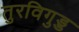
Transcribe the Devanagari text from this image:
तुरविगुड्ड